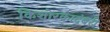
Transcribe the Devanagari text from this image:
किशोरकादंबरी